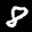
Label: 8